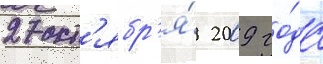
27 окт'ябр'я́ 2009 го́да